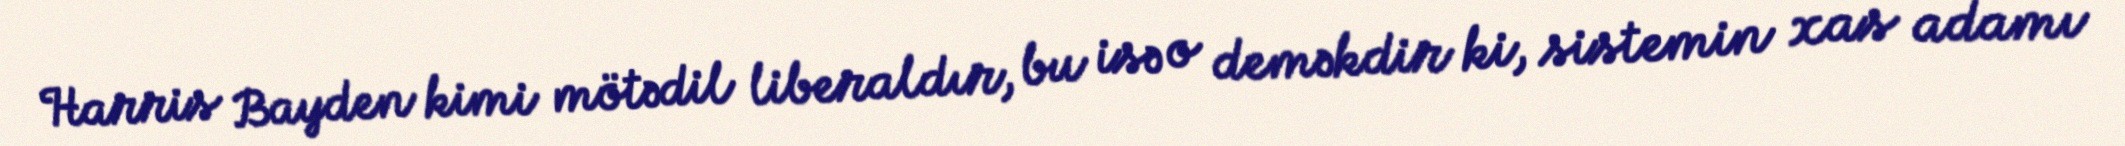
Harris Bayden kimi mötədil liberaldır, bu isə o deməkdir ki, sistemin xas adamı